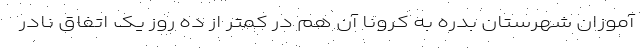
آموزان شهرستان بدره به کرونا آن هم در کمتر از ده روز یک اتفاق نادر